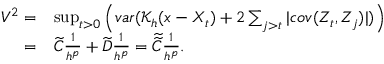
\begin{array} { r l } { V ^ { 2 } = } & { \operatorname* { s u p } _ { t > 0 } \Big ( v a r ( \mathcal { K } _ { h } ( x - X _ { t } ) + 2 \sum _ { j > t } | c o v ( Z _ { t } , Z _ { j } ) | ) \Big ) } \\ { = } & { \widetilde { C } \frac { 1 } { h ^ { p } } + \widetilde { D } \frac { 1 } { h ^ { p } } = \widetilde { \widetilde { C } } \frac { 1 } { h ^ { p } } . } \end{array}